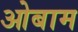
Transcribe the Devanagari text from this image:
ओबाम